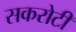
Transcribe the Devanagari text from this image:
सकरोटी